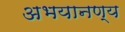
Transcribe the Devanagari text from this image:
अभयानण्‍य